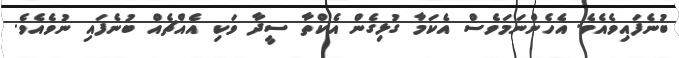
ބުނެފައިވެއެވެ. އެހެންނަމަވެސް އެކަމާ ގުޅިގެން އެކްތާ ސީދާ ވަކި އެއްޗެއް ބުނެފައި ނުވެއެވެ.